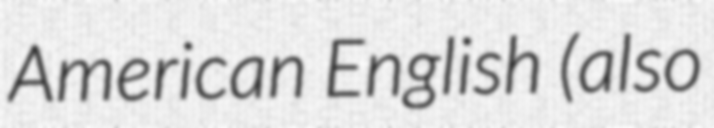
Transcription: American English (also